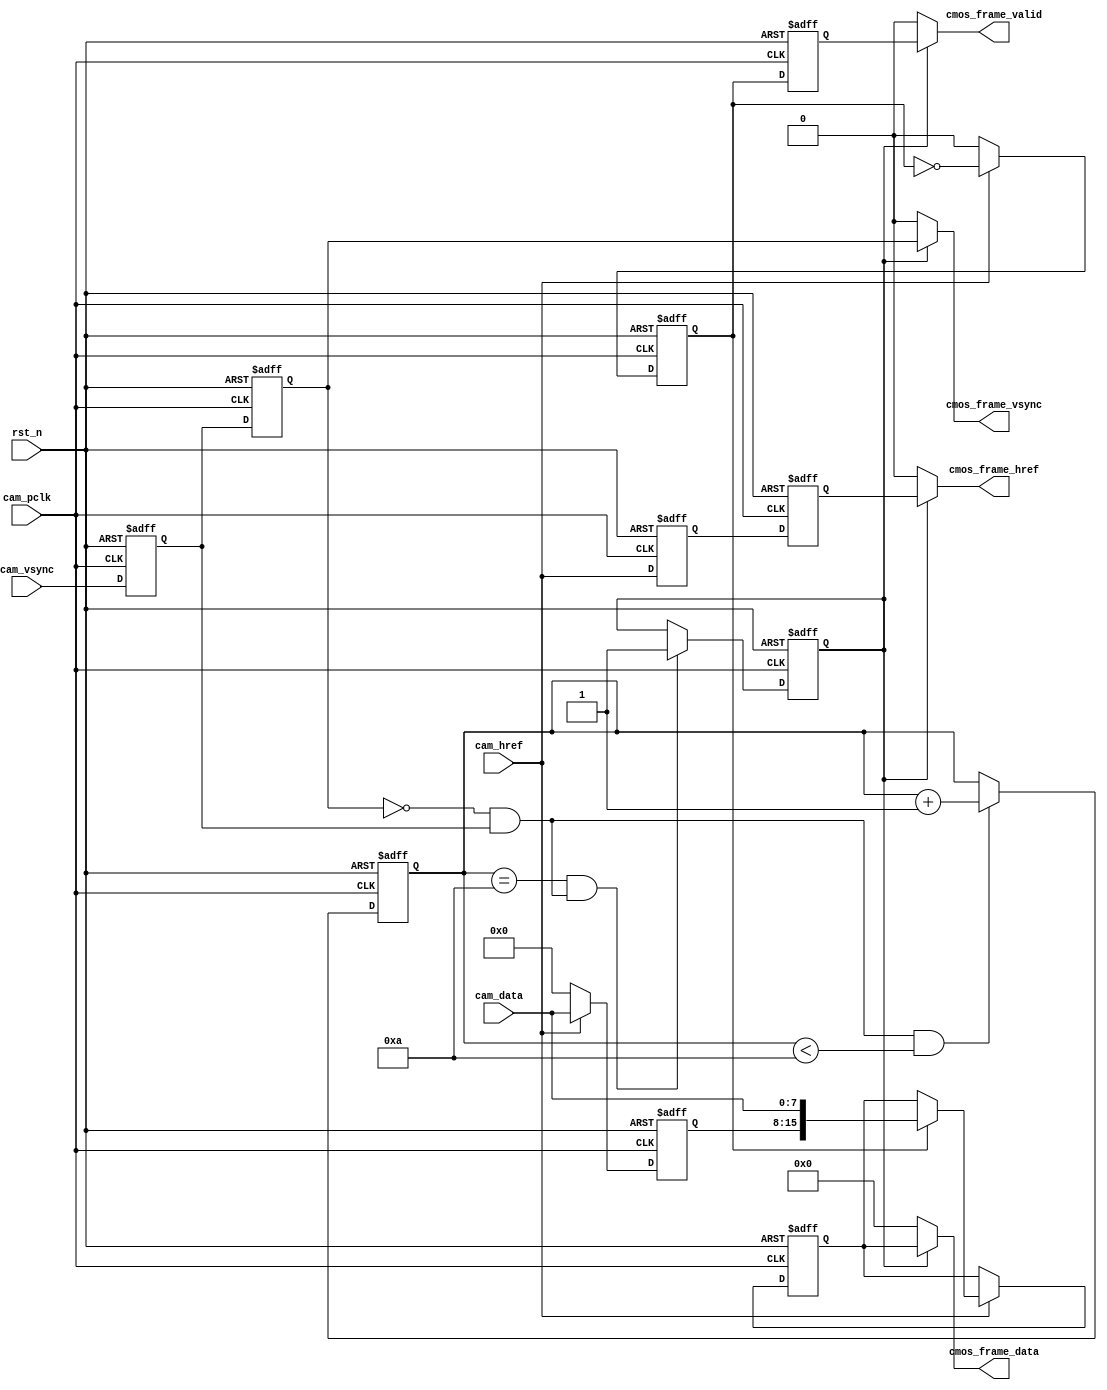
//****************************************Copyright (c)***********************************//
//www.openedv.com
//http://openedv.taobao.com 
//""FPGA & STM32
//
//Copyright(C)  2018-2028
//All rights reserved                               
//----------------------------------------------------------------------------------------
// File name:           cmos_capture_data
// Last modified Date:  2018/3/21 14:26:05
// Last Version:        V1.0
// Descriptions:       CMOS
//----------------------------------------------------------------------------------------
// Created by:          
// Created date:        2018/3/21 14:26:05
// Version:             V1.0
// Descriptions:        The original version
//
//----------------------------------------------------------------------------------------
//****************************************************************************************//

module cmos_capture_data(
    input                 rst_n           ,  //
    //
    input                 cam_pclk        ,  //cmos 
    input                 cam_vsync       ,  //cmos 
    input                 cam_href        ,  //cmos 
    input        [7:0]    cam_data        ,  //cmos                              
    //
    output                cmos_frame_vsync,  //    
    output                cmos_frame_href ,  //
    output                cmos_frame_valid,  //
    output       [15:0]   cmos_frame_data    //        
    );

//10
//
parameter  WAIT_FRAME = 4'd10  ;             //            

//reg define
reg             cam_vsync_d0   ;
reg             cam_vsync_d1   ;
reg             cam_href_d0    ;
reg             cam_href_d1    ;
reg    [3:0]    cmos_ps_cnt    ;             //
reg             frame_val_flag ;             //

reg    [7:0]    cam_data_d0    ;             
reg    [15:0]   cmos_data_t    ;             //816
reg             byte_flag      ;             
reg             byte_flag_d0   ;

//wire define
wire            pos_vsync      ;

//*****************************************************
//**                    main code
//*****************************************************

//
assign pos_vsync = (~cam_vsync_d1) & cam_vsync_d0;  

//
assign  cmos_frame_vsync = frame_val_flag  ?  cam_vsync_d1  :  1'b0; 
//
assign  cmos_frame_href  = frame_val_flag  ?  cam_href_d1   :  1'b0; 
//
assign  cmos_frame_valid = frame_val_flag  ?  byte_flag_d0  :  1'b0; 
//
assign  cmos_frame_data  = frame_val_flag  ?  cmos_data_t   :  1'b0; 

//
always @(posedge cam_pclk or negedge rst_n) begin
    if(!rst_n) begin
        cam_vsync_d0 <= 1'b0;
        cam_vsync_d1 <= 1'b0;
        cam_href_d0 <= 1'b0;
        cam_href_d1 <= 1'b0;
    end
    else begin
        cam_vsync_d0 <= cam_vsync;
        cam_vsync_d1 <= cam_vsync_d0;
        cam_href_d0 <= cam_href;
        cam_href_d1 <= cam_href_d0;
    end
end

//
always @(posedge cam_pclk or negedge rst_n) begin
    if(!rst_n)
        cmos_ps_cnt <= 4'd0;
    else if(pos_vsync && (cmos_ps_cnt < WAIT_FRAME))
        cmos_ps_cnt <= cmos_ps_cnt + 4'd1;
end

//
always @(posedge cam_pclk or negedge rst_n) begin
    if(!rst_n)
        frame_val_flag <= 1'b0;
    else if((cmos_ps_cnt == WAIT_FRAME) && pos_vsync)
        frame_val_flag <= 1'b1;
end            

//816RGB565        
always @(posedge cam_pclk or negedge rst_n) begin
    if(!rst_n) begin
        cmos_data_t <= 16'd0;
        cam_data_d0 <= 8'd0;
        byte_flag <= 1'b0;
    end
    else if(cam_href) begin
        byte_flag <= ~byte_flag;
        cam_data_d0 <= cam_data;
        if(byte_flag)
            cmos_data_t <= {cam_data_d0,cam_data};
    end
    else begin
        byte_flag <= 1'b0;
        cam_data_d0 <= 8'b0;
    end    
end        

//(cmos_frame_valid)
always @(posedge cam_pclk or negedge rst_n) begin
    if(!rst_n)
        byte_flag_d0 <= 1'b0;
    else
        byte_flag_d0 <= byte_flag;    
end          

endmodule